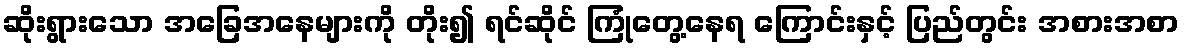
ဆိုးရွားသော အခြေအနေများကို တိုး၍ ရင်ဆိုင် ကြုံတွေ့နေရ ကြောင်းနှင့် ပြည်တွင်း အစားအစာ